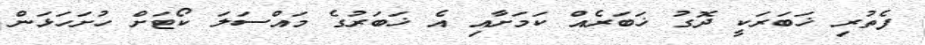
ފެތުރި ޚަބަރަކީ ދޮގު ޚަބަރެއް ކަމަށާއި އެ ޚަބަރުގެ މައްސަލަ ކޯޓަށް ހުށަހަޅަން